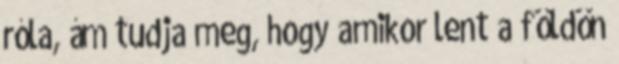
róla, ám tudja meg, hogy amikor lent a földön